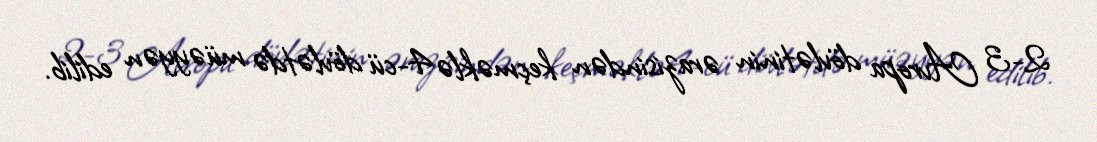
2-3 Avropa dövlətinin ərazisindən keçməklə 4-cü dövlətdə müəyyən edilib.